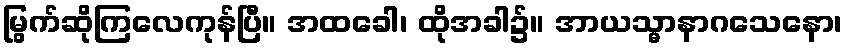
မြွက်ဆိုကြလေကုန်ပြီ။ အထခေါ၊ ထိုအခါ၌။ အာယသ္မာနာဂသေနော၊